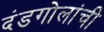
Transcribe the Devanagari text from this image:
दंडगोलांची